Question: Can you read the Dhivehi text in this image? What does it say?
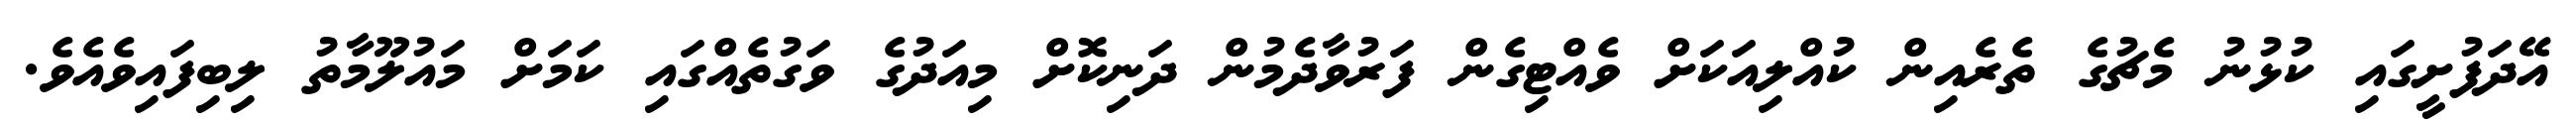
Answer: އޭދަފުށީގައި ކުޅުނު މެޗުގެ ތެރެއިން ކުއްލިއަކަށް ވެއްޓިގެން ފަރުވާދެމުން ދަނިކޮށް މިއަދުގެ ވަގުތެއްގައި ކަމަށް މައުލޫމާތު ލިބިފައިވެއެވެ.